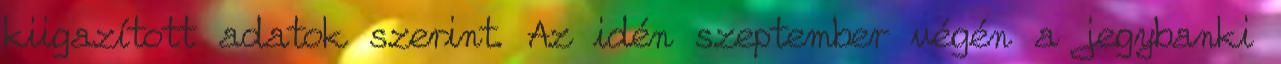
kiigazított adatok szerint. Az idén szeptember végén a jegybanki